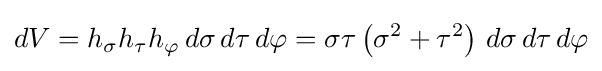
dV=h_{\sigma }h_{\tau }h_{\varphi }\,d\sigma \,d\tau \,d\varphi =\sigma \tau \left(\sigma ^{2}+\tau ^{2}\right)\,d\sigma \,d\tau \,d\varphi